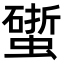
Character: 𧑧